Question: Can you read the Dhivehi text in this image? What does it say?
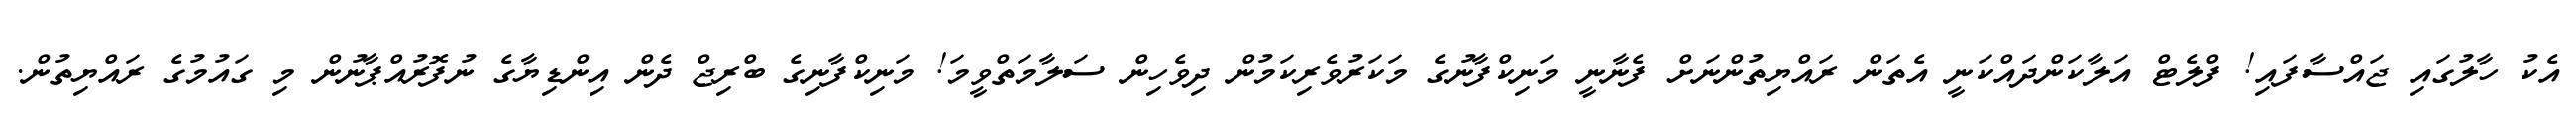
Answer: އެކު ހާލުގައި ޖައްސާފައި! ފްލެޓް އަލާކަންދައްކަނީ އެތަން ރައްޔިތުންނަށް ފެނާނީ މަނިކްފާނުގެ މަކަރުވެރިކަމުން ދިވެހިން ސަލާމަތްވީމަ! މަނިކްފާނިގެ ބްރިޖް ދެން އިންޑިޔާގެ ނުފޮރުއްޕާނުން މި ގައުމުގެ ރައްޔިތުން.